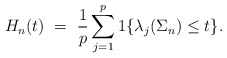
\begin{align*} H_n(t) \ = \ \frac{1}{p}\displaystyle\sum_{j=1}^p 1\{\lambda_j(\Sigma_n)\leq t\}.\end{align*}